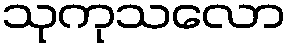
သုကုသလော